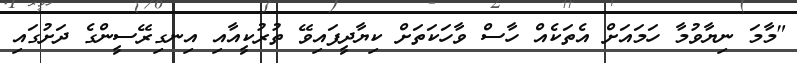
"މާމަ ނިޔާވުމާ ހަމައަށް އެތަކެއް ހާސް ވާހަކަތަށް ކިޔާދީފައިވޭ ތުރުކީއާއި އިނގިރޭސީންގެ ދަށުގައި